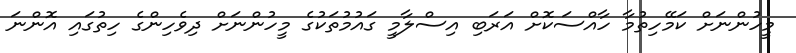
މީހުންނަށް ކަމޭހިތުމާ ހާއްސަކޮށް އަރަބި އިސްލާމީ ގައުމުތަކުގެ މީހުންނަށް ދިވެހިންގެ ހިތުގައި އޮންނަ